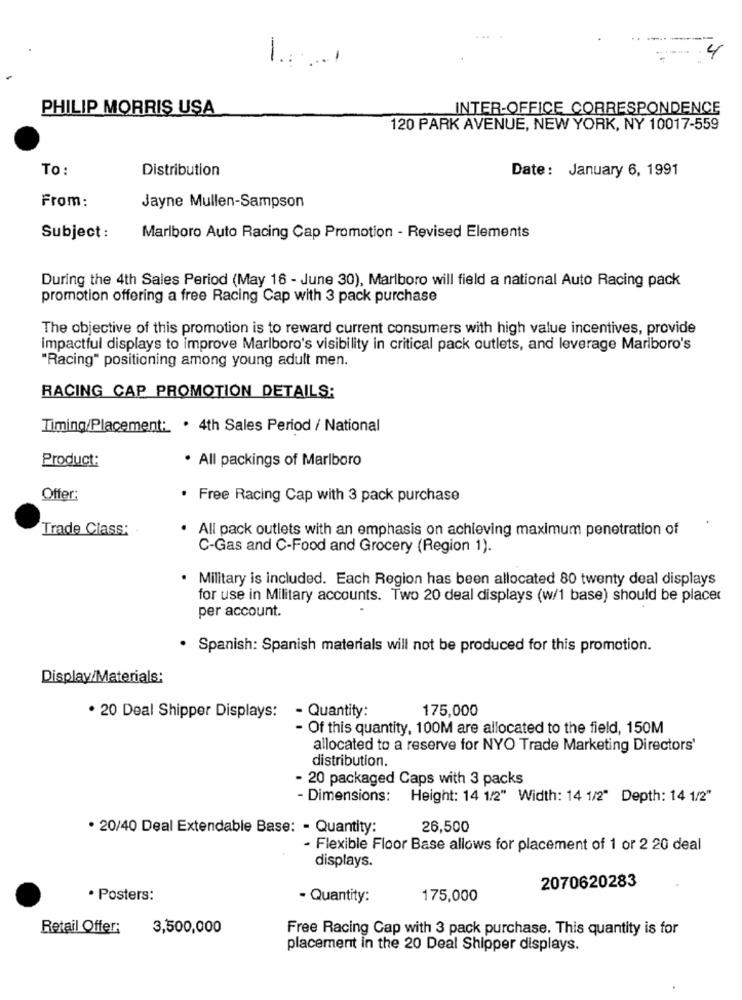
4
1:1
PHILIP MORRIS USA
INTER-OFFICE CORRESPONDENCE
120 PARK AVENUE, NEW YORK, NY 10017-559
To:
Distribution
Date: January 6, 1991
From:
Jayne Mullen-Sampson
Subject :
Marlboro Auto Racing Cap Promotion - Revised Elements
During the 4th Sales Period (May 16 - June 30), Marlboro will field a national Auto Racing pack
promotion offering a free Racing Cap with 3 pack purchase
The objective of this promotion is to reward current consumers with high value incentives, provide
impactful displays to improve Marlboro's visibility in critical pack outlets, and leverage Marlboro's
"Racing" positioning among young adult men.
RACING CAP PROMOTION DETAILS:
Timing/Placement: . 4th Sales Period / National
Product:
. All packings of Marlboro
Offer:
. Free Racing Cap with 3 pack purchase
Trade Class:
. All pack outlets with an emphasis on achieving maximum penetration of
C-Gas and C-Food and Grocery (Region 1).
· Military is included. Each Region has been allocated 80 twenty deal displays
for use in Military accounts. Two 20 deal displays (w/1 base) should be placed
per account.
· Spanish: Spanish materials will not be produced for this promotion.
Display/Materials:
175,000
. 20 Deal Shipper Displays:
- Quantity:
- Of this quantity, 100M are allocated to the field, 150M
allocated to a reserve for NYO Trade Marketing Directors'
distribution.
- 20 packaged Caps with 3 packs
- Dimensions:
Height: 14 1/2" Width: 14 1/2" Depth: 14 1/2"
20/40 Deal Extendable Base: - Quantity:
26,500
- Flexible Floor Base allows for placement of 1 or 2 20 deal
displays.
2070620283
· Posters:
- Quantity:
175,000
Retail Offer;
3,500,000
Free Racing Cap with 3 pack purchase. This quantity is for
placement in the 20 Deal Shipper displays.